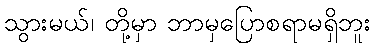
သွားမယ်၊ တို့မှာ ဘာမှပြောစရာမရှိဘူး